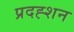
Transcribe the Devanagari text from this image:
प्रदह्शन